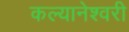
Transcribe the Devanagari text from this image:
कल्यानेश्वरी